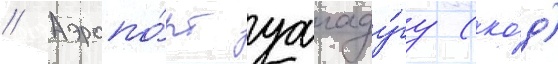
// Аэропо́рт уагаду́гу (ко́д)